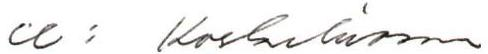
u: Koskiluoma